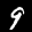
Label: 9